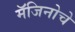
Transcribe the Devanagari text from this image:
मॅजिनोचे